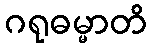
ဂရုဓမ္မာတိ